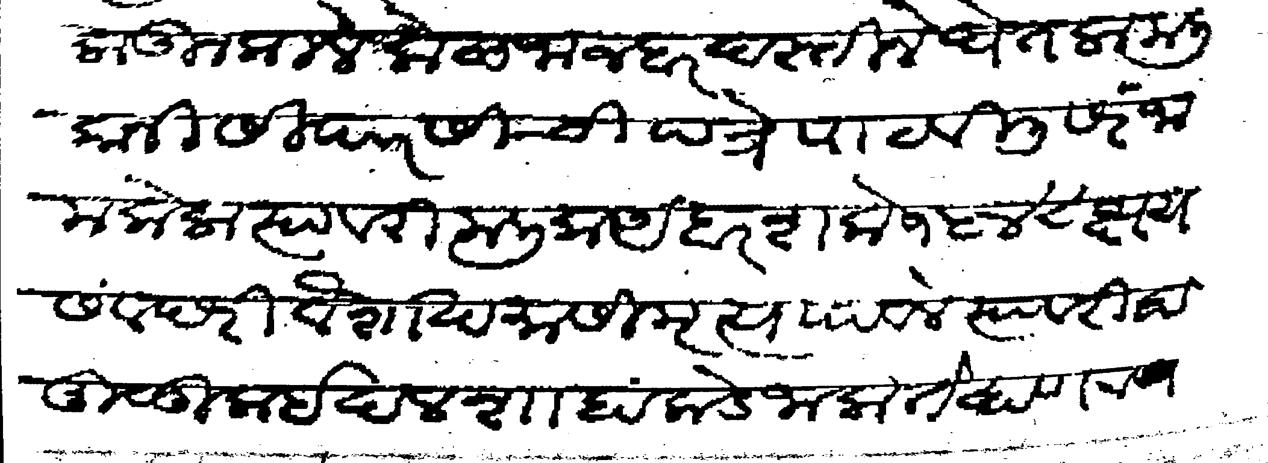
Transliteration (Devanagari): लाऊन किले केळंजा जबरदस्तीने घेतला मलिकानी सिपारसीची पत्रे पाठविली सरंजाम केला त्यावरी मलिक अंबर शके १५४८ क्षय संवछरी वैशाख मासी मृत्य पावले त्यावरी हा मुळुक ईदलशाहांकडे जाला तेव्हा